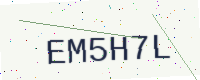
Text: EM5H7L